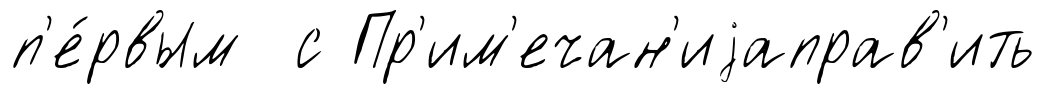
п'е́рвым с Пр'им'ечан'иjаправ'ить